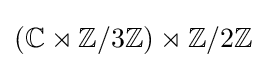
(\mathbb {C} \rtimes \mathbb {Z} /3\mathbb {Z} )\rtimes \mathbb {Z} /2\mathbb {Z}